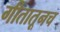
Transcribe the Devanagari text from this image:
गीतातूनच